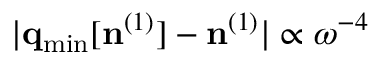
\vert { \bf q } _ { \mathrm { m i n } } [ { \bf n } ^ { ( 1 ) } ] - { \bf n } ^ { ( 1 ) } \vert \propto \omega ^ { - 4 }